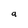
Character: a